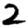
Digit: 2